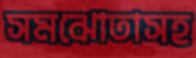
সমঝোতাসহ